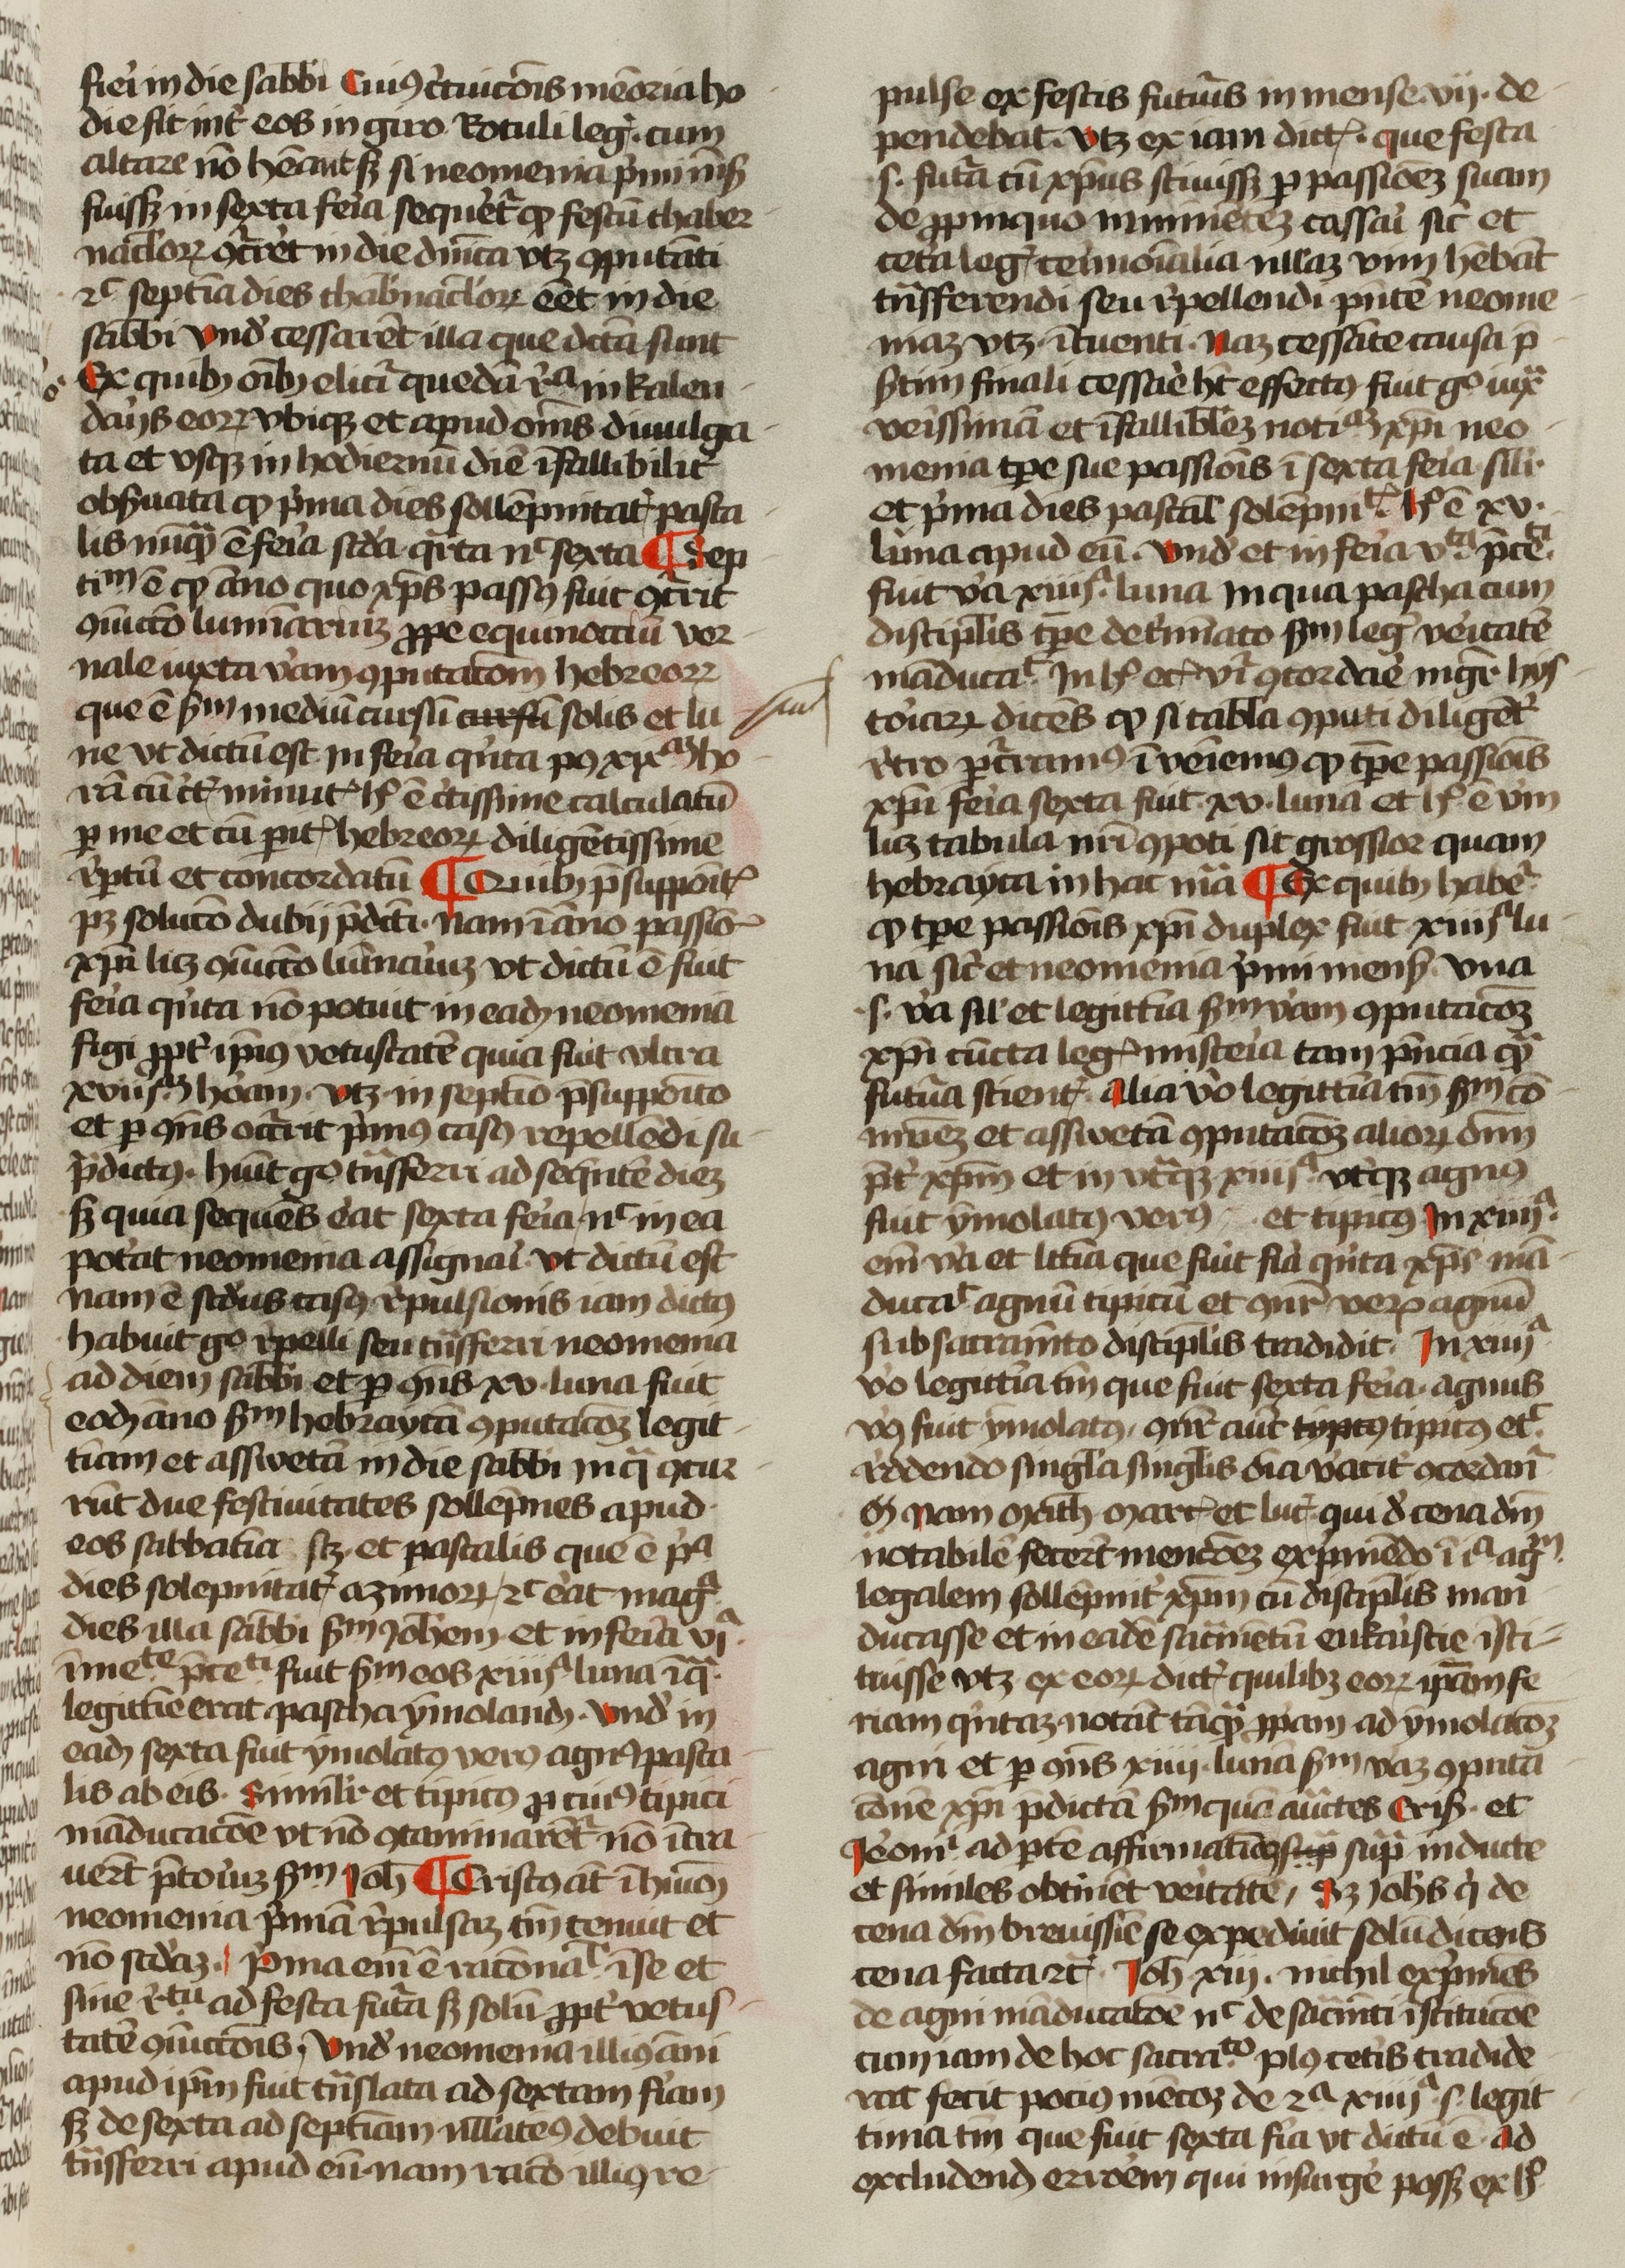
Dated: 1400–1499